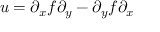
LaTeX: u = \partial _ { x } f \partial _ { y } - \partial _ { y } f \partial _ { x }